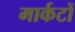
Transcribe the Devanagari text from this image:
मार्कटों